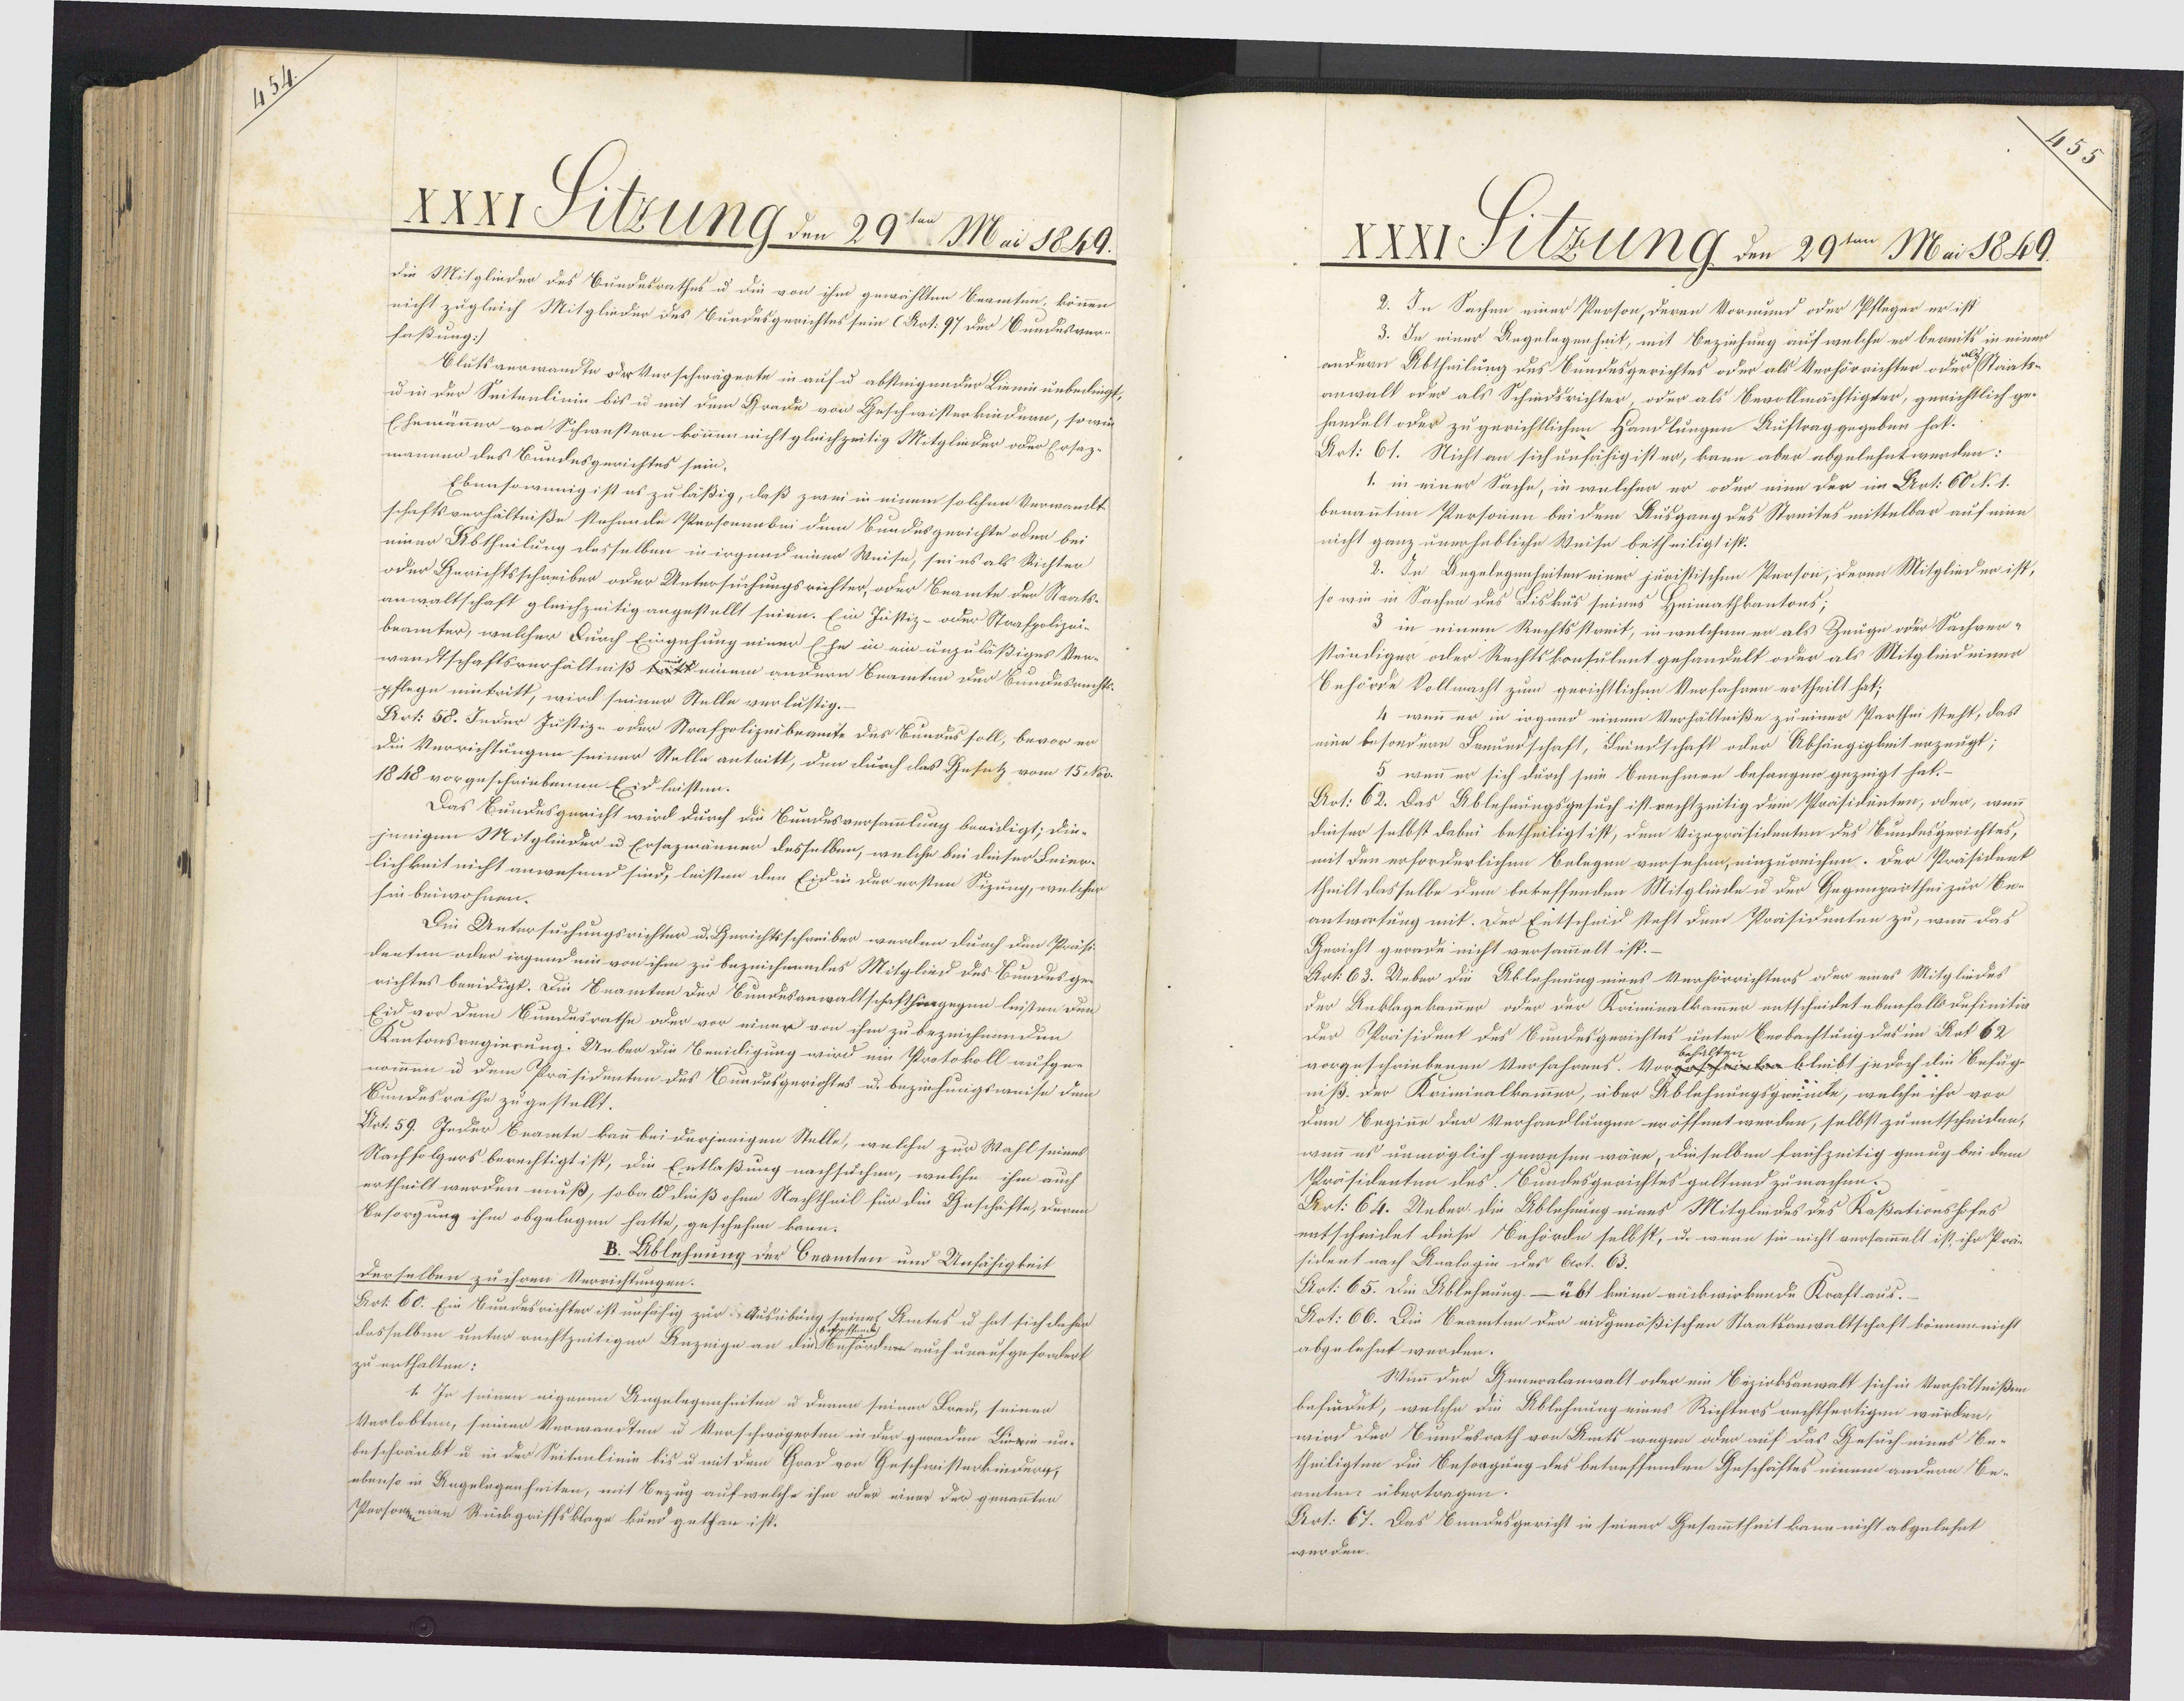
3

XXXI Sitzung den 29ten Mai 1844.
die Mitglieder des Bundesrathes u die von ihm gewählten Beamten, können
nicht zugleich Mitglieder des Bundesgerichtes sein (Art. 97 der Bundesver¬
faßung:/
Blutsverwandte oder Verschwägerte in auf u absteigender Lieni unbedingt,
u in der Seitenlinin bis u mit dem Grade von Geschwisterkindern, so wie
Ehemänner von Schwestern kommen nicht gleichzeitig Mitglieder oder Ersaz¬
manner des Bundesgerichtes sein.
Ebensowenig ist es zu läßig, daß zwei in einem solchen Verwanddt
schaftsverhältniße stehende Persomenbei dem Bundesgerichte oder bei¬
einer Abtheilung desselben in irgend einer Weise, seies als Richter
oder Gerichtsschreiber oder Untersuchungsrichter, oder Beamte der Staats¬
anwaltschaft gleichzeitig angestellt seien. Ein Justiz- oder Strafpolizei-
beämter, welcher Durch Eingehung einer Ehe in ein unzuläßiges Ver¬
wandtschaftsverhältniß tt einem andern Beamten der Bundesrechts¬
pflege eintritt, wird seiner Stelle verlustig.
Art: 58. Inder Justiz- oder Strafpolizeibeamte des Bundus soll, bevor er¬
Die Verrichtungen seiner Stelle antritt, den durch das Gesetz vom 15 Nr¬
1848 vorgeschriebenen Eid leisten.
Das Bundesgericht wird durch die Bundesversammlung beeidigt; die-
jenigen Mitglieder u Ersazmänner desselben, welche bei dieser Leier¬
lichkeit nicht anwesend sind, leisten den Eidin der ersten Sizung, welcher
hin beiwohnen.
Die Untersuchungsrichter u. Gerichtsschreiber werden durch den Präsi¬
denten oder irgend ein von ihm zu bezeichnendes Mitglied des Bundes ge¬
richtes beeidigt. Die Seamten der Bundesanwaltschafthingegen leisten den
Eid vor dem Bundesrathe oder vor einer von ihm zu bezeichnenden
Kantonsregierung. Uuber die Beeidigung wird um Protokoll aufge-
nommen u dem Präsidenten des Bundesgerichtes u. beziehungsweise dem
Sundesrathe zugestellt.
Urt. 59. Jeder Beamte kann bei derjenigen Stelle, welche zur Wahl seines
Nachfolgers berechtigt ist, die Entlaßung nachsuchen, welche ihm auch
ertheilt werden muß, sobald dieß ohne Nachtheil für die Geschäfte, deren
Besorgung ihm obgelegen hatte, geschehen kann.
D. Ablehnung der Beamten und Anfähigkeit
derselben zu ihren Verrichtungen.
Art. 60. Ein Bundesrichter ist unfähig zur Ausübung seinel Amtes u hat sich dahen
dasselben unter rechtzeitiger Anzeige an die Behörder auch unaufgefondert
zu enthalten:
1. In seinen eigenen Angelegenheiten u denen seiner Freu, seinen
Verlobten, seiner Verwandten u Verschwägerten in der geraden Lirrin un¬
beschränkt u in der Seitenlinie bis u mit dem Grad von Geschwisterkinderg,
ebenso in Angelegenheiten, mit Bezug auf welche ihm oder einer der genannten
Parsoaeiien Rückgriffsklage kund gethan ist.

XXXI Suzung den 29ten Mai 1844.
2. In Sachen einer Person, deren Vormund oder Pfleger er ist
3. In einer Angelegenheit, mit Beziehung auf welche er bereits in einer
andern Abtheilung des Bundesgerichtes oder als Verhörrichter od Staats¬
anwalt oder als Schindsrichter, oder als Bevollmächtigter, gerichtlich ge¬
handelt oder zu gerichtlichen Handlungen Auftrag gegeben hat.
Art: 61. Nicht an sich unfähig ister, kann aber abgelehnt werden:
1. in einer Sache, in welcher er oder eine der im Art: 60 N. 1.
benannten Personen bei dem Ausgang des Streites mittelbar auf eine
nicht ganz unerhebliche Weise betheiligt ist.
2. In Angelegenheiten einer juristischen Person, deren Mitglieden ist,
so wie in Sachen des Fiskus seines Heimathkantons;
3 in einem Rechtsstreit, in welchemer als Zeuge oder Sachver¬
ständiger oder Rechtskonsulent gehandelt oder als Mitgliedeiner
Behörde Vollmacht zum gerichtlichen Verfahren ertheilt hat;
4 wenn er in irgend einem Verhältniße zu einer Parthei steht, das
eine besondere Freundschaft, Feindschaft oder Abhängigkeit erzeugt;
5 wenn er sich durch sein Benehmen befangen gezeigt hat.
Art: 62. Das Ablehnungsgesuch ist rechtzeitig dem Präsidenten, oder, wenn
dieser selbst dabei betheiligt ist, dem Vizepräsidenten des Bundesgerichtes,
mit den erforderlichen Belegen versehen, einzureichen. Der Präsident
theilt dasselbe dem beteffenden Mitgliede u der Gegengarthei zur Be¬
antwortung mit. Der Entscheid steht dem Präsidenten zu, wenn das
Gericht gerade nicht versammelt ist.
Art: 63. Ueber die Ablehnung eines Verhörrichters oder eines Mitgliedes
der Anklagekammer oder der Kriminalkammer entscheidet ebenfalls dnfinitiv¬
Der Präsident des Bundesgerichtes unter Beobachtung des im Aat 62
behalten.
vorgeschriebenen Verfahrens. Vorgeschina bleibt jedoch die Befug¬
niß. Der Kriminalkammer, über Ablehnungsgründke, welche ihr vor
dem Beginne der Verhandlungen eröffnnt werden, selbst zu entscheiden,
wenn es unmöglich gewesen wäre, dieselben frühzeitig genug bei dem
Präsidenten des Bundesgerichtes galtend zu machen.
Art: 64. Ueber. die Ablehnung eines Mitgliides des Kaßationshofes
entscheidet diese Bnhörde selbst, u. wenn sie nicht versammelt ist, ihr Prä-
sident nach Analogin des Art. 63.
Art: 65. Die Ablehnung - übt keine rückwirkende Kraft aus.
Art: 66. Die Beamten der eidgenößischen Staatsanwaltschaft können nicht
abgelehnt werden.
Winn der Generalanwalt oder ein Bezirksanwalt sich in Verhältnißen
befidet, welche die Ablehnung eines Richters rechtfertigen würken,
wird der Bundesrath von Amts wegen oder auf das Gesuch eines Be-
theiligten die Besoagung des betreffenden Geschäftes einem andern Be-
amten übertragen.
Art. 67. Das Enndesgericht in seiner Gesammtheit kann nicht abgelehnt
werden.

25